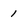
Character: 1